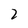
Character: 2